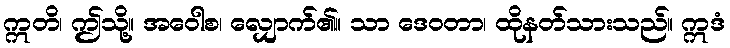
ဣတိ၊ ဤသို့။ အဝေါစ၊ လျှောက်၏။ သာ ဒေဝတာ၊ ထိုနတ်သားသည်။ ဣဒံ